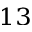
_ { 1 3 }